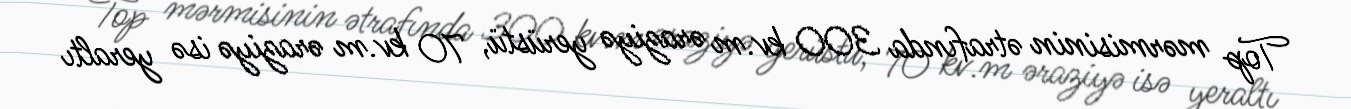
Top mərmisinin ətrafında 300 kv.m əraziyə yerüstü, 70 kv.m əraziyə isə yeraltı